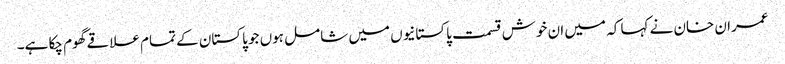
عمران خان نے کہا کہ میں ان خوش قسمت پاکستانیوں میں شامل ہوں جو پاکستان کے تمام علاقے گھوم چکا ہے۔